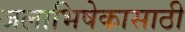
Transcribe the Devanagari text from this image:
जलाभिषेकासाठी